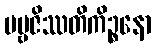
ပဗ္ဗဇိဿတိကိဉ္စနော